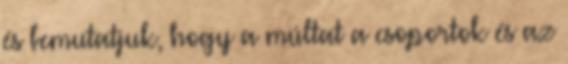
és bemutatjuk, hogy a múltat ​​a csoportok és az